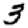
Digit: 3